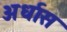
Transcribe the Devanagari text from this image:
अर्धास